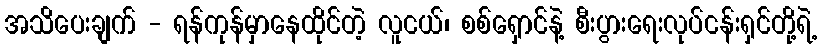
အသိပေးချက် - ရန်ကုန်မှာနေထိုင်တဲ့ လူငယ်၊ စစ်ရှောင်နဲ့ စီးပွားရေးလုပ်ငန်းရှင်တို့ရဲ့